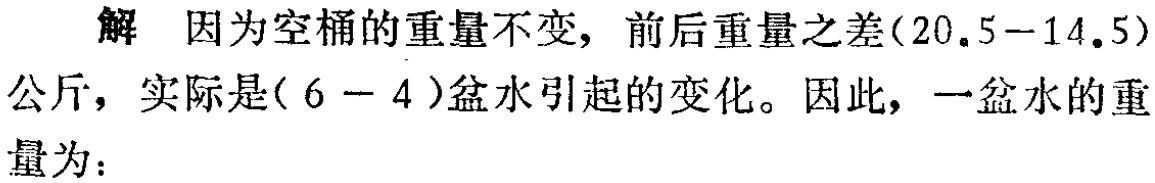
解 因为空桶的重量不变，前后重量之差\((20.5 - 14.5)\)公斤，实际是\((6 - 4)\)盆水引起的变化。因此，一盆水的重量为：